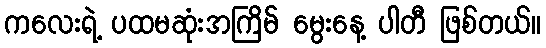
ကလေးရဲ့ ပထမဆုံးအကြိမ် မွေးနေ့ ပါတီ ဖြစ်တယ်။